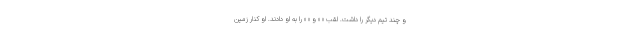
و چند تیم دیگر را داشت. لقب « » و « » را به او دادند. او کنار زمین